Vaccination United Provinces of Agra and Oudh 1914-1922 - 1914-1922
Year: 1914
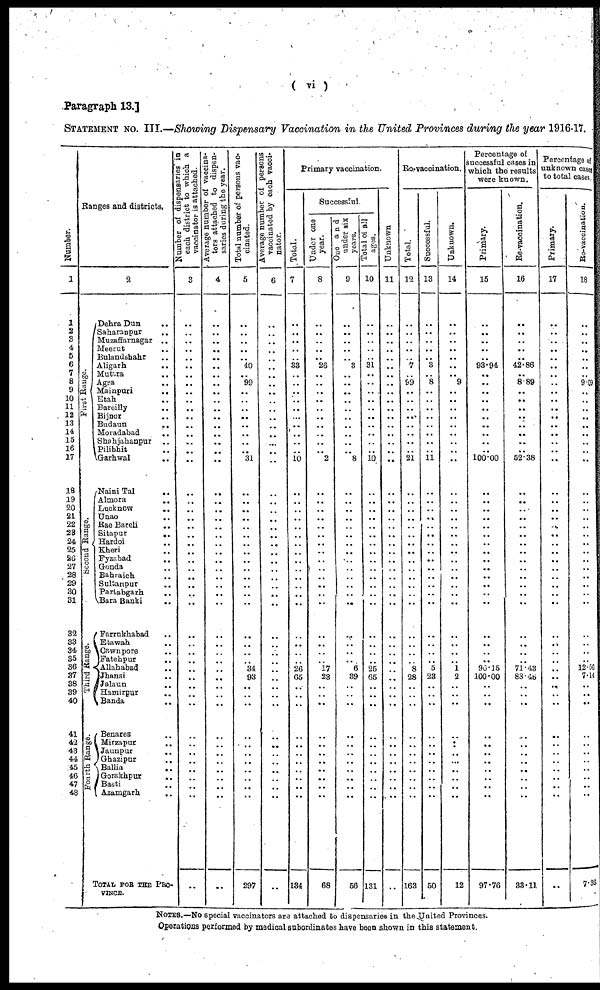
Paragraph 13.]
( vi )
STATEMENT No. III.—Showing Dispensary Vaccination in the United Provinces during the year 1916-17.
Number.
1
1
2
3 4
5
6
7
8
9
10
11
12
13
14
15
16
17
18
19
20
21
22
23
24
25
26
27
28
29
30
31
32
33
34
35
36
37
38
39
40
41
42
43
44
45
46
47
48
Ranges and districts.
2
First Range.
Second Range.
Third Range.
Fourth Range.
Dehra Dun ..
Saharanpur ..
Muzaffarnagar ..
Meerut ..
Bulandshahr ..
Aligarh ..
Muttra ..
Agra ..
Mainpuri ..
Etah ..
Bareilly ..
Bijnor ..
Budaun ..
Moradabad ..
Shahjahanpur ..
Pilibhit ..
Garhwal
..
Naini Tal ..
Almora
..
Lucknow ..
Unao ..
Rae Bareli ..
Sitapur ..
Hardoi ..
Kheri ..
Fyzabad ..
Gonda ..
Bahraich ..
Sultanpur ..
Partabgarh ..
Bara Banki ..
Farrukhabad ..
Etawah
..
Cawnpore ..
Fatehpur ..
Allahabad
..
Jhansi
..
Jalaun ..
Hamirpur
..
Banda ..
Benares ..
Mirzapur ..
Jaunpur ..
Ghazipur ..
Ballia ..
Gorakhpur
..
Basti ..
Azamgarh ..
TOTAL FOR THE PRO¬
VINCE.
Number of dispensaries in
each district to which a
vaccinator is attached.
3
..
..
..
..
..
..
..
..
..
..
..
..
..
..
..
..
..
..
..
..
..
..
..
..
..
..
..
..
..
..
..
..
..
..
..
..
..
..
..
..
..
..
..
..
..
..
..
..
..
Average number of vaccina¬
tors attached to dispen-
saries during the year.
4
..
..
..
..
..
..
..
..
..
..
..
..
..
..
..
..
..
..
..
..
..
..
..
..
..
..
..
..
..
..
..
..
..
..
..
..
..
..
..
..
..
..
..
..
..
..
..
..
..
Total number of persons vac-
cinated.
5
..
..
..
..
..
40
..
99
..
..
..
..
..
..
..
..
31
..
..
..
..
..
..
..
..
..
..
..
..
..
..
..
..
..
..
34
93
..
..
..
..
..
..
..
..
..
..
..
297
Average number of persons
vaccinated by each vacci-
nator.
6
..
..
..
..
..
..
..
..
..
..
..
..
..
..
..
..
..
..
..
..
..
..
..
..
..
..
..
..
..
..
..
..
..
..
..
..
..
..
..
..
..
..
..
..
..
..
..
..
..
Primary vaccination.
Total.
7
..
..
..
..
..
33
..
..
..
..
..
..
..
..
..
..
10
..
..
..
..
..
..
..
..
..
..
..
..
..
..
..
..
..
..
26
65
..
..
..
..
..
..
..
..
..
..
..
134
Successful.
Under one
year.
8
..
..
..
..
..
26
..
..
..
..
..
..
..
..
..
..
2
..
..
..
..
..
..
..
..
..
..
..
..
..
..
..
..
..
..
17
23
..
..
..
..
..
..
..
..
..
..
..
68
One and
under six
years.
9
..
..
..
..
..
3
..
..
..
..
..
..
..
..
..
..
8
..
..
..
..
..
..
..
..
..
..
..
..
..
..
..
..
..
..
6
39
..
..
..
..
..
..
..
..
..
..
..
56
Total of all
ages.
10
..
..
..
..
..
31
..
..
..
..
..
..
..
..
..
..
10
..
..
..
..
..
..
..
..
..
..
..
..
..
..
..
..
..
..
25
65
..
..
..
..
..
..
..
..
..
..
..
131
Unknown
11
..
..
..
..
..
..
..
..
..
..
..
..
..
..
..
..
..
..
..
..
..
..
..
..
..
..
..
..
..
..
..
..
..
..
..
..
..
..
..
..
..
..
..
..
..
Re-vaccination.
Total.
12
..
..
..
..
..
7
..
99
..
..
..
..
..
..
..
..
21
..
..
..
..
..
..
..
..
..
..
..
..
..
..
..
..
..
..
8
28
..
..
..
..
..
..
..
..
..
..
163
Successful.
13
..
..
..
..
..
3
..
8
..
..
..
..
..
..
..
..
11
..
..
..
..
..
..
..
..
..
..
..
..
..
..
..
..
..
..
5
23
..
..
..
..
..
..
..
..
..
..
..
50
Unknown.
14
..
..
..
..
..
..
..
9
..
..
..
..
..
..
..
..
..
..
..
..
..
..
..
..
..
..
..
..
..
..
..
..
..
..
..
1
2
..
..
..
..
..
..
..
..
..
..
..
12
Percentage of
successful cases in
which the results
were known.
Primary.
15
..
..
..
..
..
93.94
..
..
..
..
..
..
..
..
..
..
100.00
..
..
..
..
..
..
..
..
..
..
..
..
..
..
..
..
..
..
96.15
100.00
..
..
..
..
..
..
..
..
..
..
..
97.76
Re-vaccination.
16
..
..
..
..
..
42.86
..
8.89
..
..
..
..
..
..
..
..
52.38
..
..
..
..
..
..
..
..
..
..
..
..
..
..
..
..
..
..
71.43
88.46
..
..
..
..
..
..
..
..
..
..
..
33.11
Percentage of
unknown cases
to total cases.
Primary.
17
..
..
..
..
..
..
..
..
..
..
..
..
..
..
..
..
..
..
..
..
..
..
..
..
..
..
..
..
..
..
..
..
..
..
..
..
..
..
..
..
..
..
..
..
..
..
..
..
Re-vaccination.
18
..
..
..
..
..
..
..
9.09
..
..
..
..
..
..
..
..
..
..
..
..
..
..
..
..
..
..
..
..
..
..
..
..
..
..
..
12.50
7.14
..
..
..
..
..
..
..
..
..
..
..
7.36
NOTES.—No special vaccinators are attached to dispensaries in the United Provinces.
Operations performed by medical subordinates have been shown in this statement.